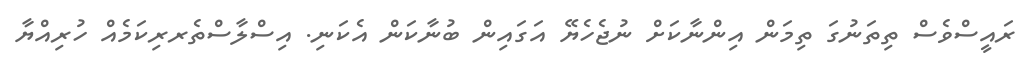
ރައީސްވެސް ތިތަނުގަ ތިމަން އިންނާކަށް ނުޖެހެޔޭ އަގައިން ބުނާކަން އެކަނި. އިސްްލާސްތެރރިކަމެއް ހުރިއްޔާ